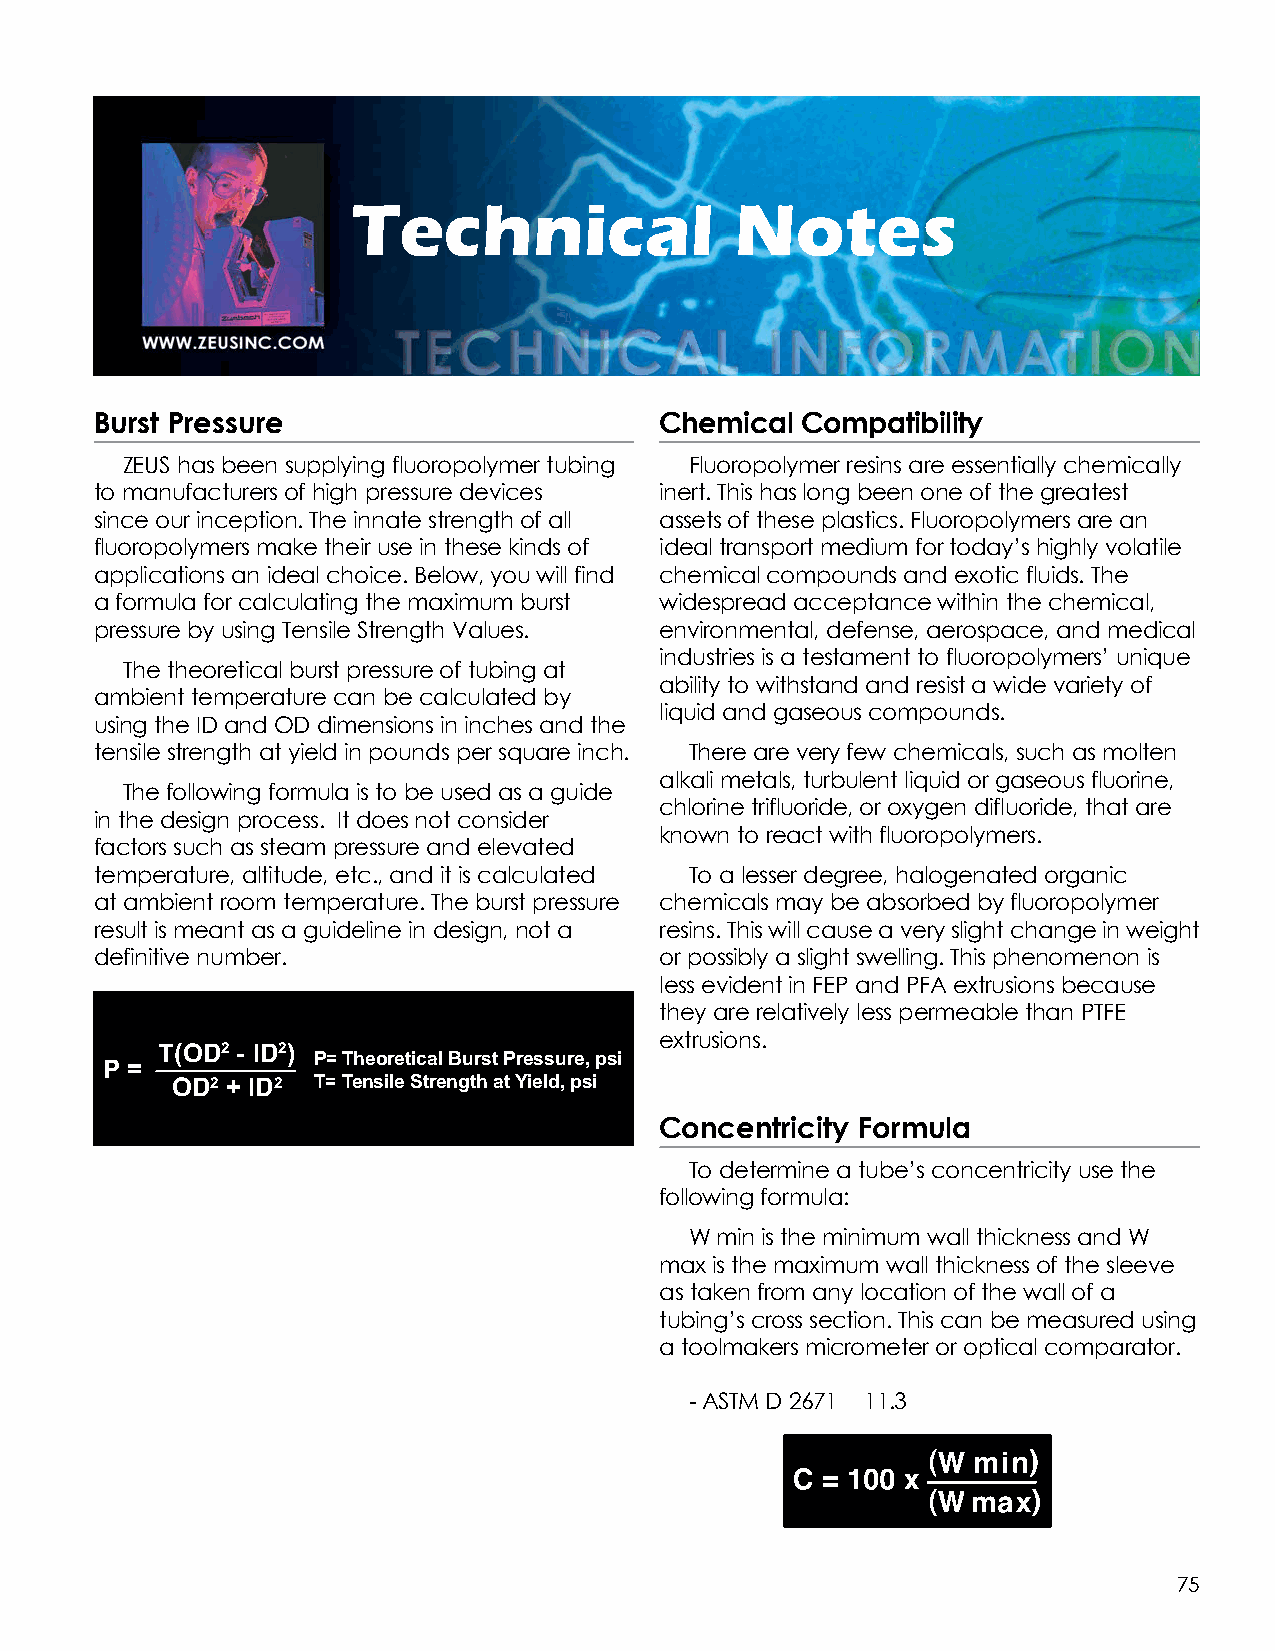
Technical                 Notes
 Burst Pressure                        Chemical Compatibility
 ZEUS has been supplying fluoropolymer tubing Fluoropolymer resins are essentially chemically
 to manufacturers of high pressure devices inert. This has long been one of the greatest
 since our inception. The innate strength of all assets of these plastics. Fluoropolymers are an
 fluoropolymers make their use in these kinds of ideal transport medium for today’s highly volatile
 applications an ideal choice. Below, you will find chemical compounds and exotic fluids. The
 a formula for calculating the maximum burst widespread acceptance within the chemical,
 pressure by using Tensile Strength Values. environmental, defense, aerospace, and medical
 industries is a testament to fluoropolymers’ unique
 The theoretical burst pressure of tubing at
 ability to withstand and resist a wide variety of
 ambient temperature can be calculated by
 liquid and gaseous compounds.
 using the ID and OD dimensions in inches and the
 tensile strength at yield in pounds per square inch. There are very few chemicals, such as molten
 alkali metals, turbulent liquid or gaseous fluorine,
 The following formula is to be used as a guide
 chlorine trifluoride, or oxygen difluoride, that are
 in the design process. It does not consider
 known to react with fluoropolymers.
 factors such as steam pressure and elevated
 temperature, altitude, etc., and it is calculated To a lesser degree, halogenated organic
 at ambient room temperature. The burst pressure chemicals may be absorbed by fluoropolymer
 result is meant as a guideline in design, not a resins. This will cause a very slight change in weight
 definitive number.                    or possibly a slight swelling. This phenomenon is
 less evident in FEP and PFA extrusions because
 they are relatively less permeable than PTFE
 extrusions.
 T(OD2 - ID2)
 P= Theoretical Burst Pressure, psi
 P =
 OD2 + ID2 T= Tensile Strength at Yield, psi
 Concentricity Formula
 To determine a tube’s concentricity use the
 following formula:
 W min is the minimum wall thickness and W
 max is the maximum wall thickness of the sleeve
 as taken from any location of the wall of a
 tubing’s cross section. This can be measured using
 a toolmakers micrometer or optical comparator.
 - ASTM D 2671 11.3
 75